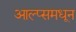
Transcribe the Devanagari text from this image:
आल्प्समधून